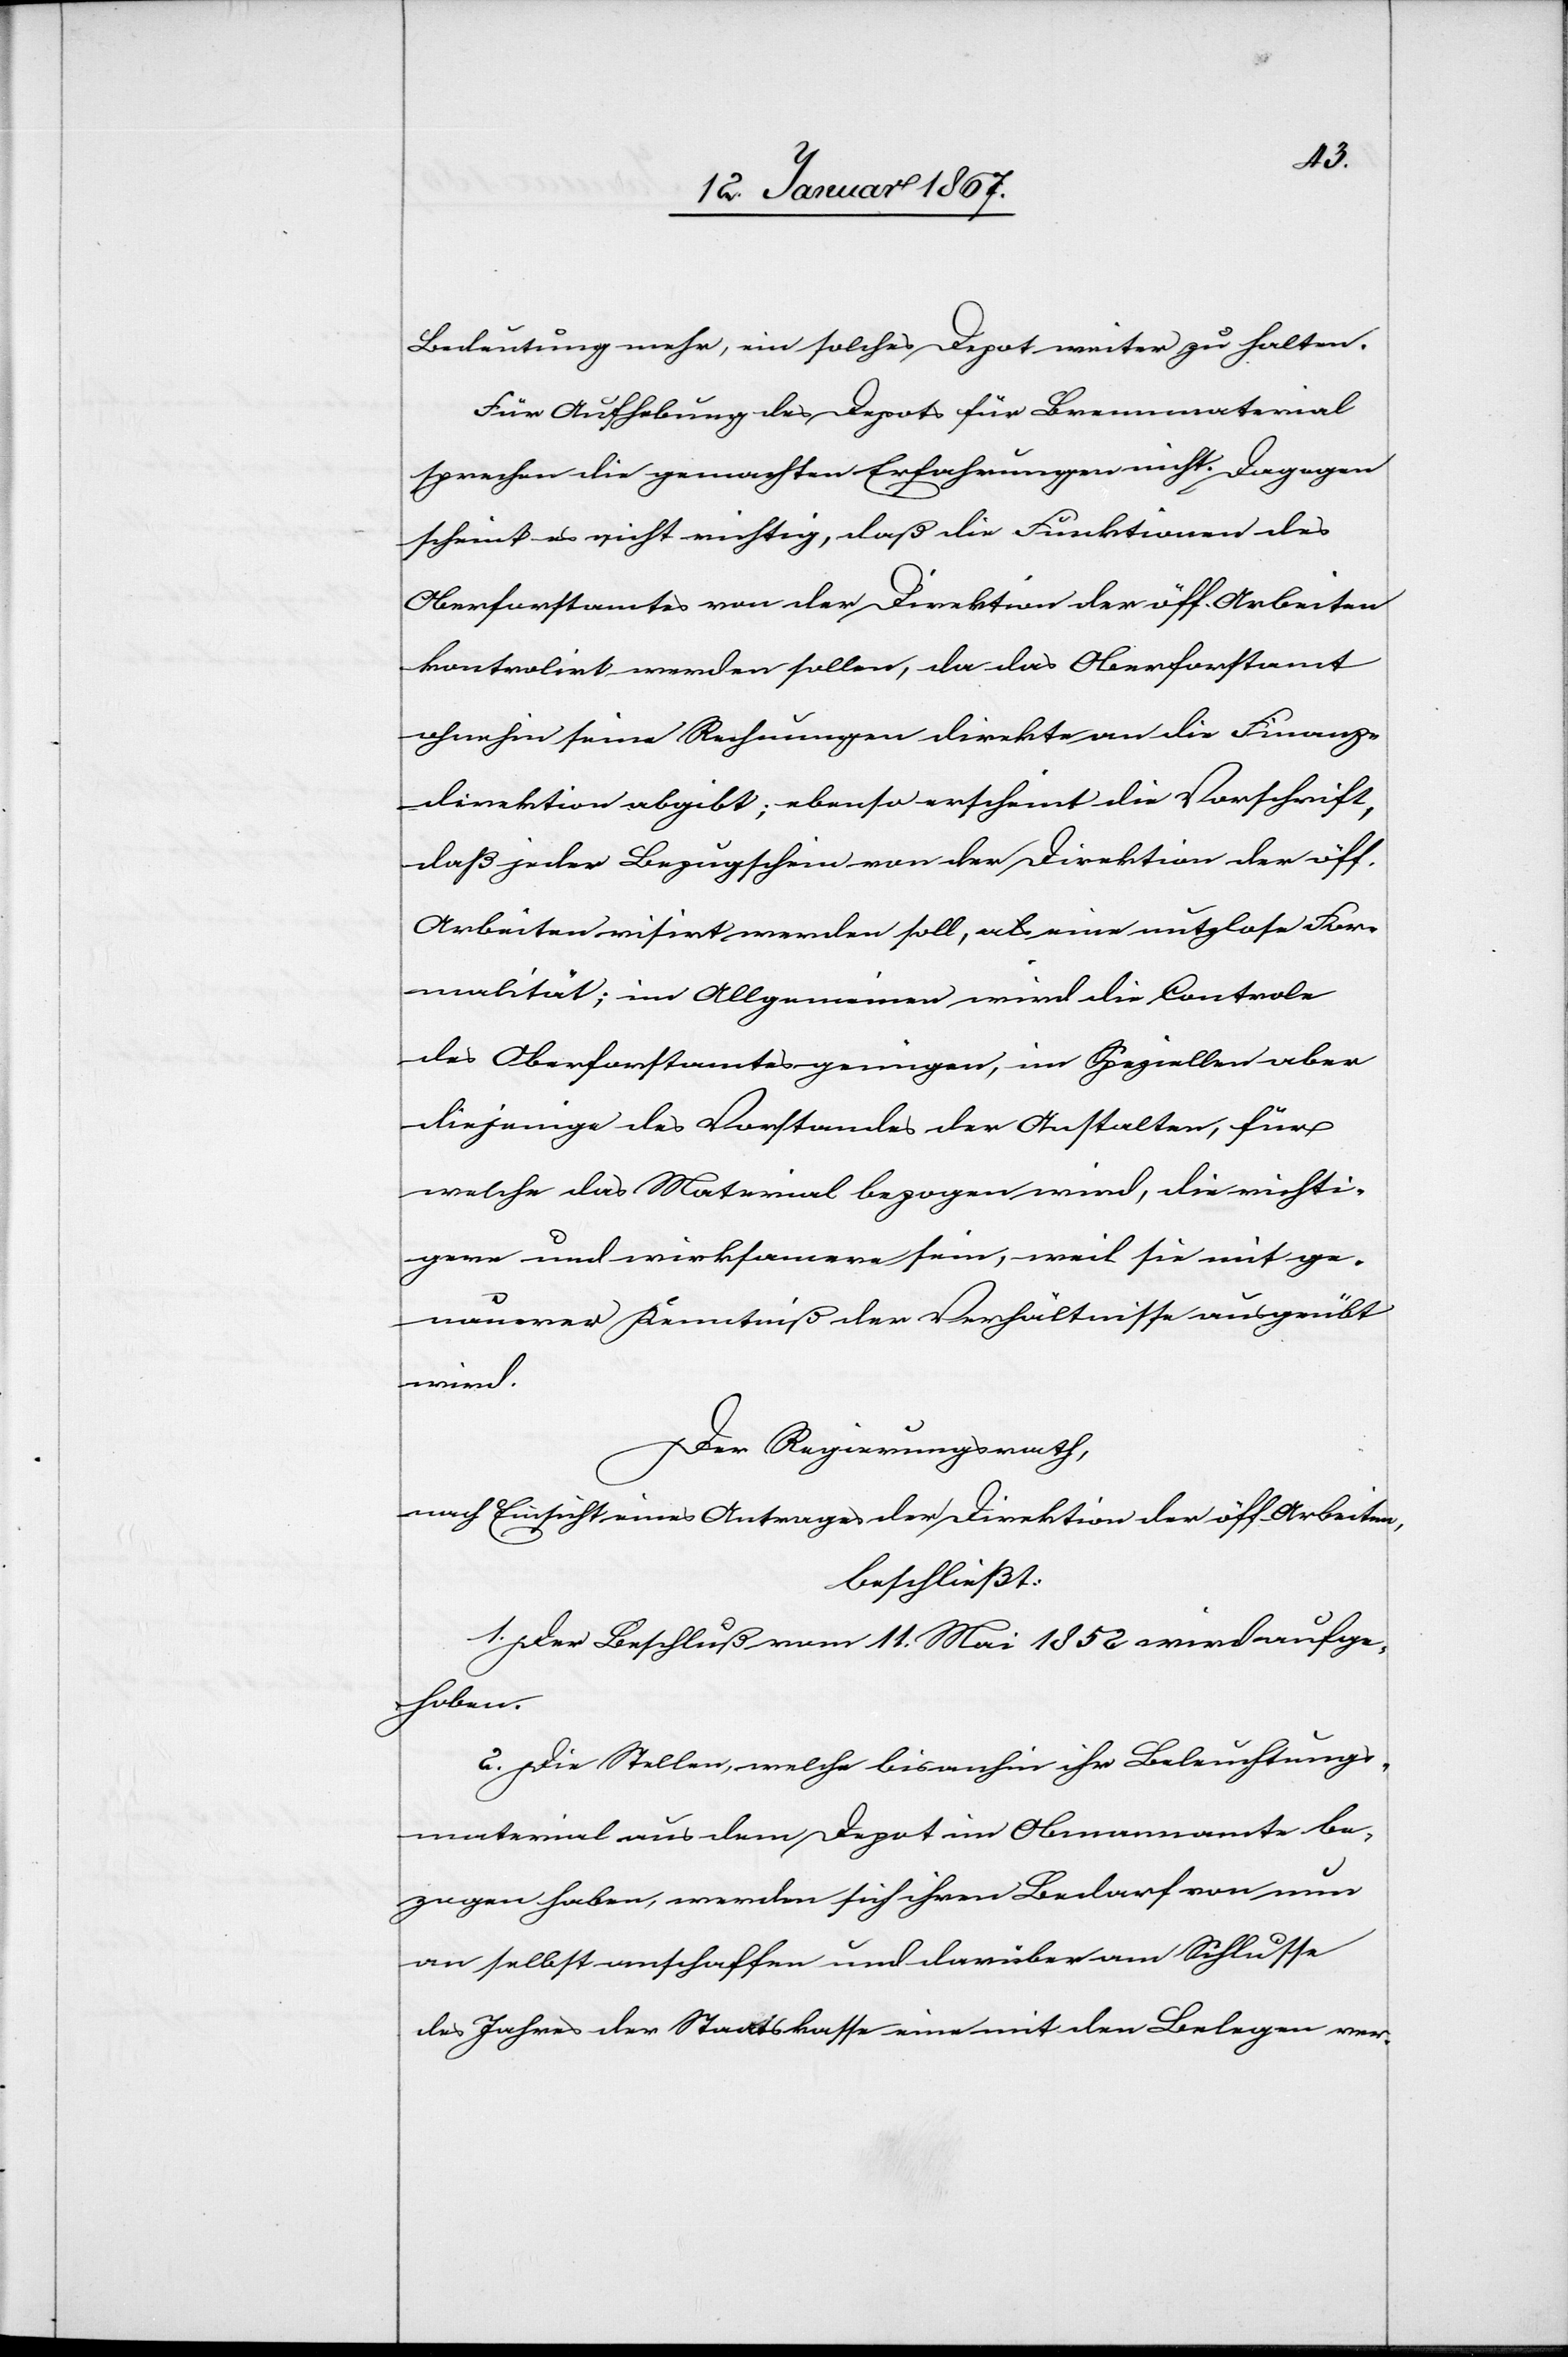
Bedeutung mehr, ein solches Depot weiter zu halten.
Für Aufhebung des Depots für Brennmaterial
sprechen die gemachten Erfahrungen nicht. Dagegen
scheint es nicht richtig, daß die Funktionen des
Oberforstamtes von der Direktion der öff. Arbeiten
kontrolirt werden sollen, da das Oberforstamt
ohnehin seine Rechnungen direkte an die Finanz¬
direktion abgibt; ebenso erscheint die Vorschrift,
daß jeder Bezugschein von der Direktion der öff.
Arbeiten visirt werden soll, als eine nutzlose For¬
malität; im Allgemeinen wird die Controle
des Oberforstamtes genügen, im Speziellen aber
diejenige des Vorstandes der Anstalten, für
welche das Material bezogen wird, die wichti¬
gere und wirksamere sein, weil sie mit ge¬
nauerer Kenntniß der Verhältnisse ausgeübt
wird.
Der Regierungsrath,
nach Einsicht eines Antrages der Direktion der öff. Arbeiten,
beschließt:
1. Der Beschluß vom 11. Mai 1852 wird aufge¬
hoben.
2. Die Stellen, welche bisanhin ihr Beleuchtungs¬
material aus dem Depot im Obmannamte be¬
zogen haben, werden sich ihren Bedarf von nun
an selbst anschaffen und darüber am Schlusse
des Jahres der Staatskasse eine mit den Belegen ver-